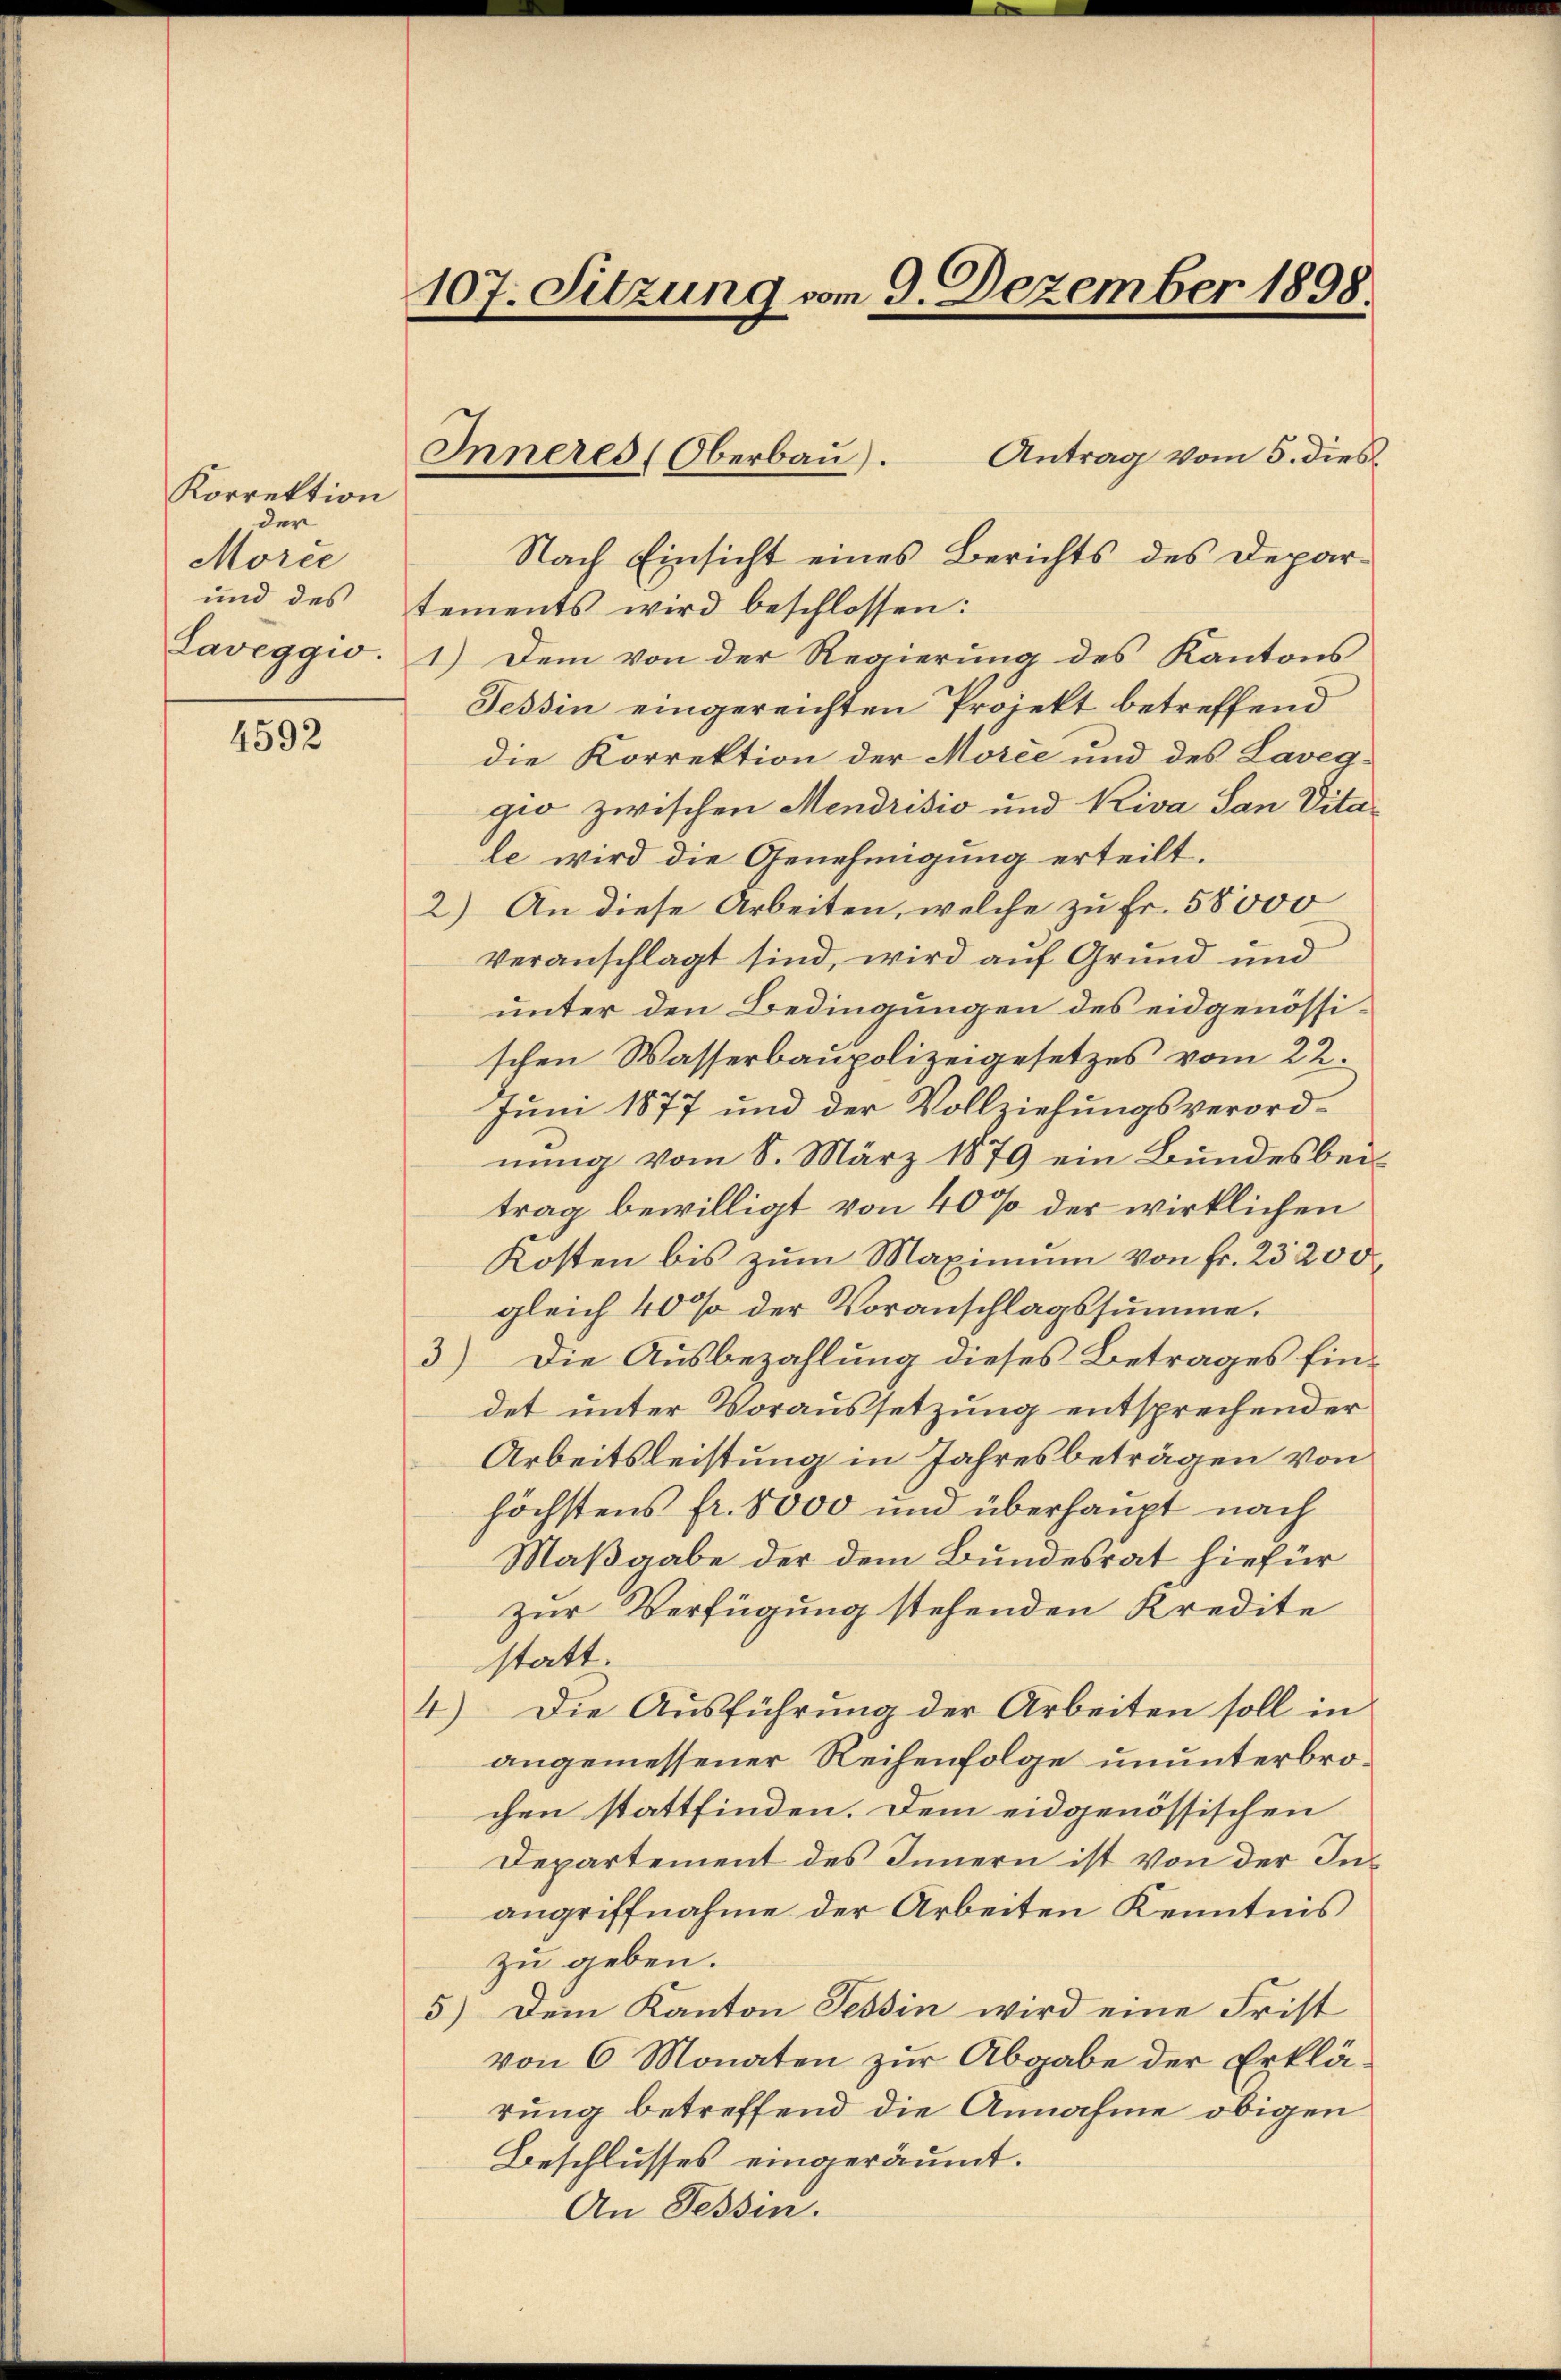
Korrektion
der
Morcé
und des
Laveggio.

4592

107. Sitzung vom 9. Dezember 1898

Inneres (Oberbau).

Antrag vom 5. dies¬
Nach Einsicht eines Berichts des Departements wird beschlossen:
1.) Dem von der Regierung des Kantons
Tessin eingereichten Projekt betreffend
die Korrektion der Morie und des Laveg-
gio zwischen Mendrisis und Kiva San Vitale wird die Genehmigung erteilt.
2.) An diese Arbeiten, welche zu Fr. 58000
veranschlagt sind, wird auf Grund und
unter den Bedingungen des eidgenössischen Wasserbaupolizeigesetzes vom 22.
Juni 1877 und der Vollziehungsverordnung vom 8. März 1879 ein Bundesbeitrag bewilligt von 40% der wirklichen
Kosten bis zum Maximum von Fr. 23200
gleich 40% der Voranschlagssumme.
3) Die Ausbezahlung dieses Betrages fin-
det unter Voraussetzung entsprechender
Arbeitsleistung in Jahresbeträgen von
höchstens fr. 8000 und überhaupt nach
Maßgabe der dem Bundesrat hiefür
zur Verfügung stehenden Kredite
statt.
4) Die Ausführung der Arbeiten soll in
angemessener Reihenfolge ununterbrochen stattfinden. Dem eidgenössischen
Departement des Innern ist von der Inangriffnahme der Arbeiten Kenntnis
zu geben.
5) Dem Kanton Tessin wird eine Frist
von 6 Monaten zur Abgabe der Erklärung betreffend die Annahme obigen
Beschlusses eingeräumt.
An Tessin.